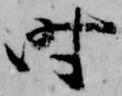
時